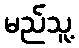
မည်သူ့